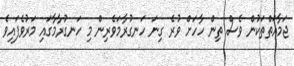
ޖަމާއަތްތަކުން ވެސް ތިން ހާހަށް ވުރެ ގިނަ ހަނގުރާމަވެރިން މި ހަނގުރާމާގައި މަރުވެފައިވެ